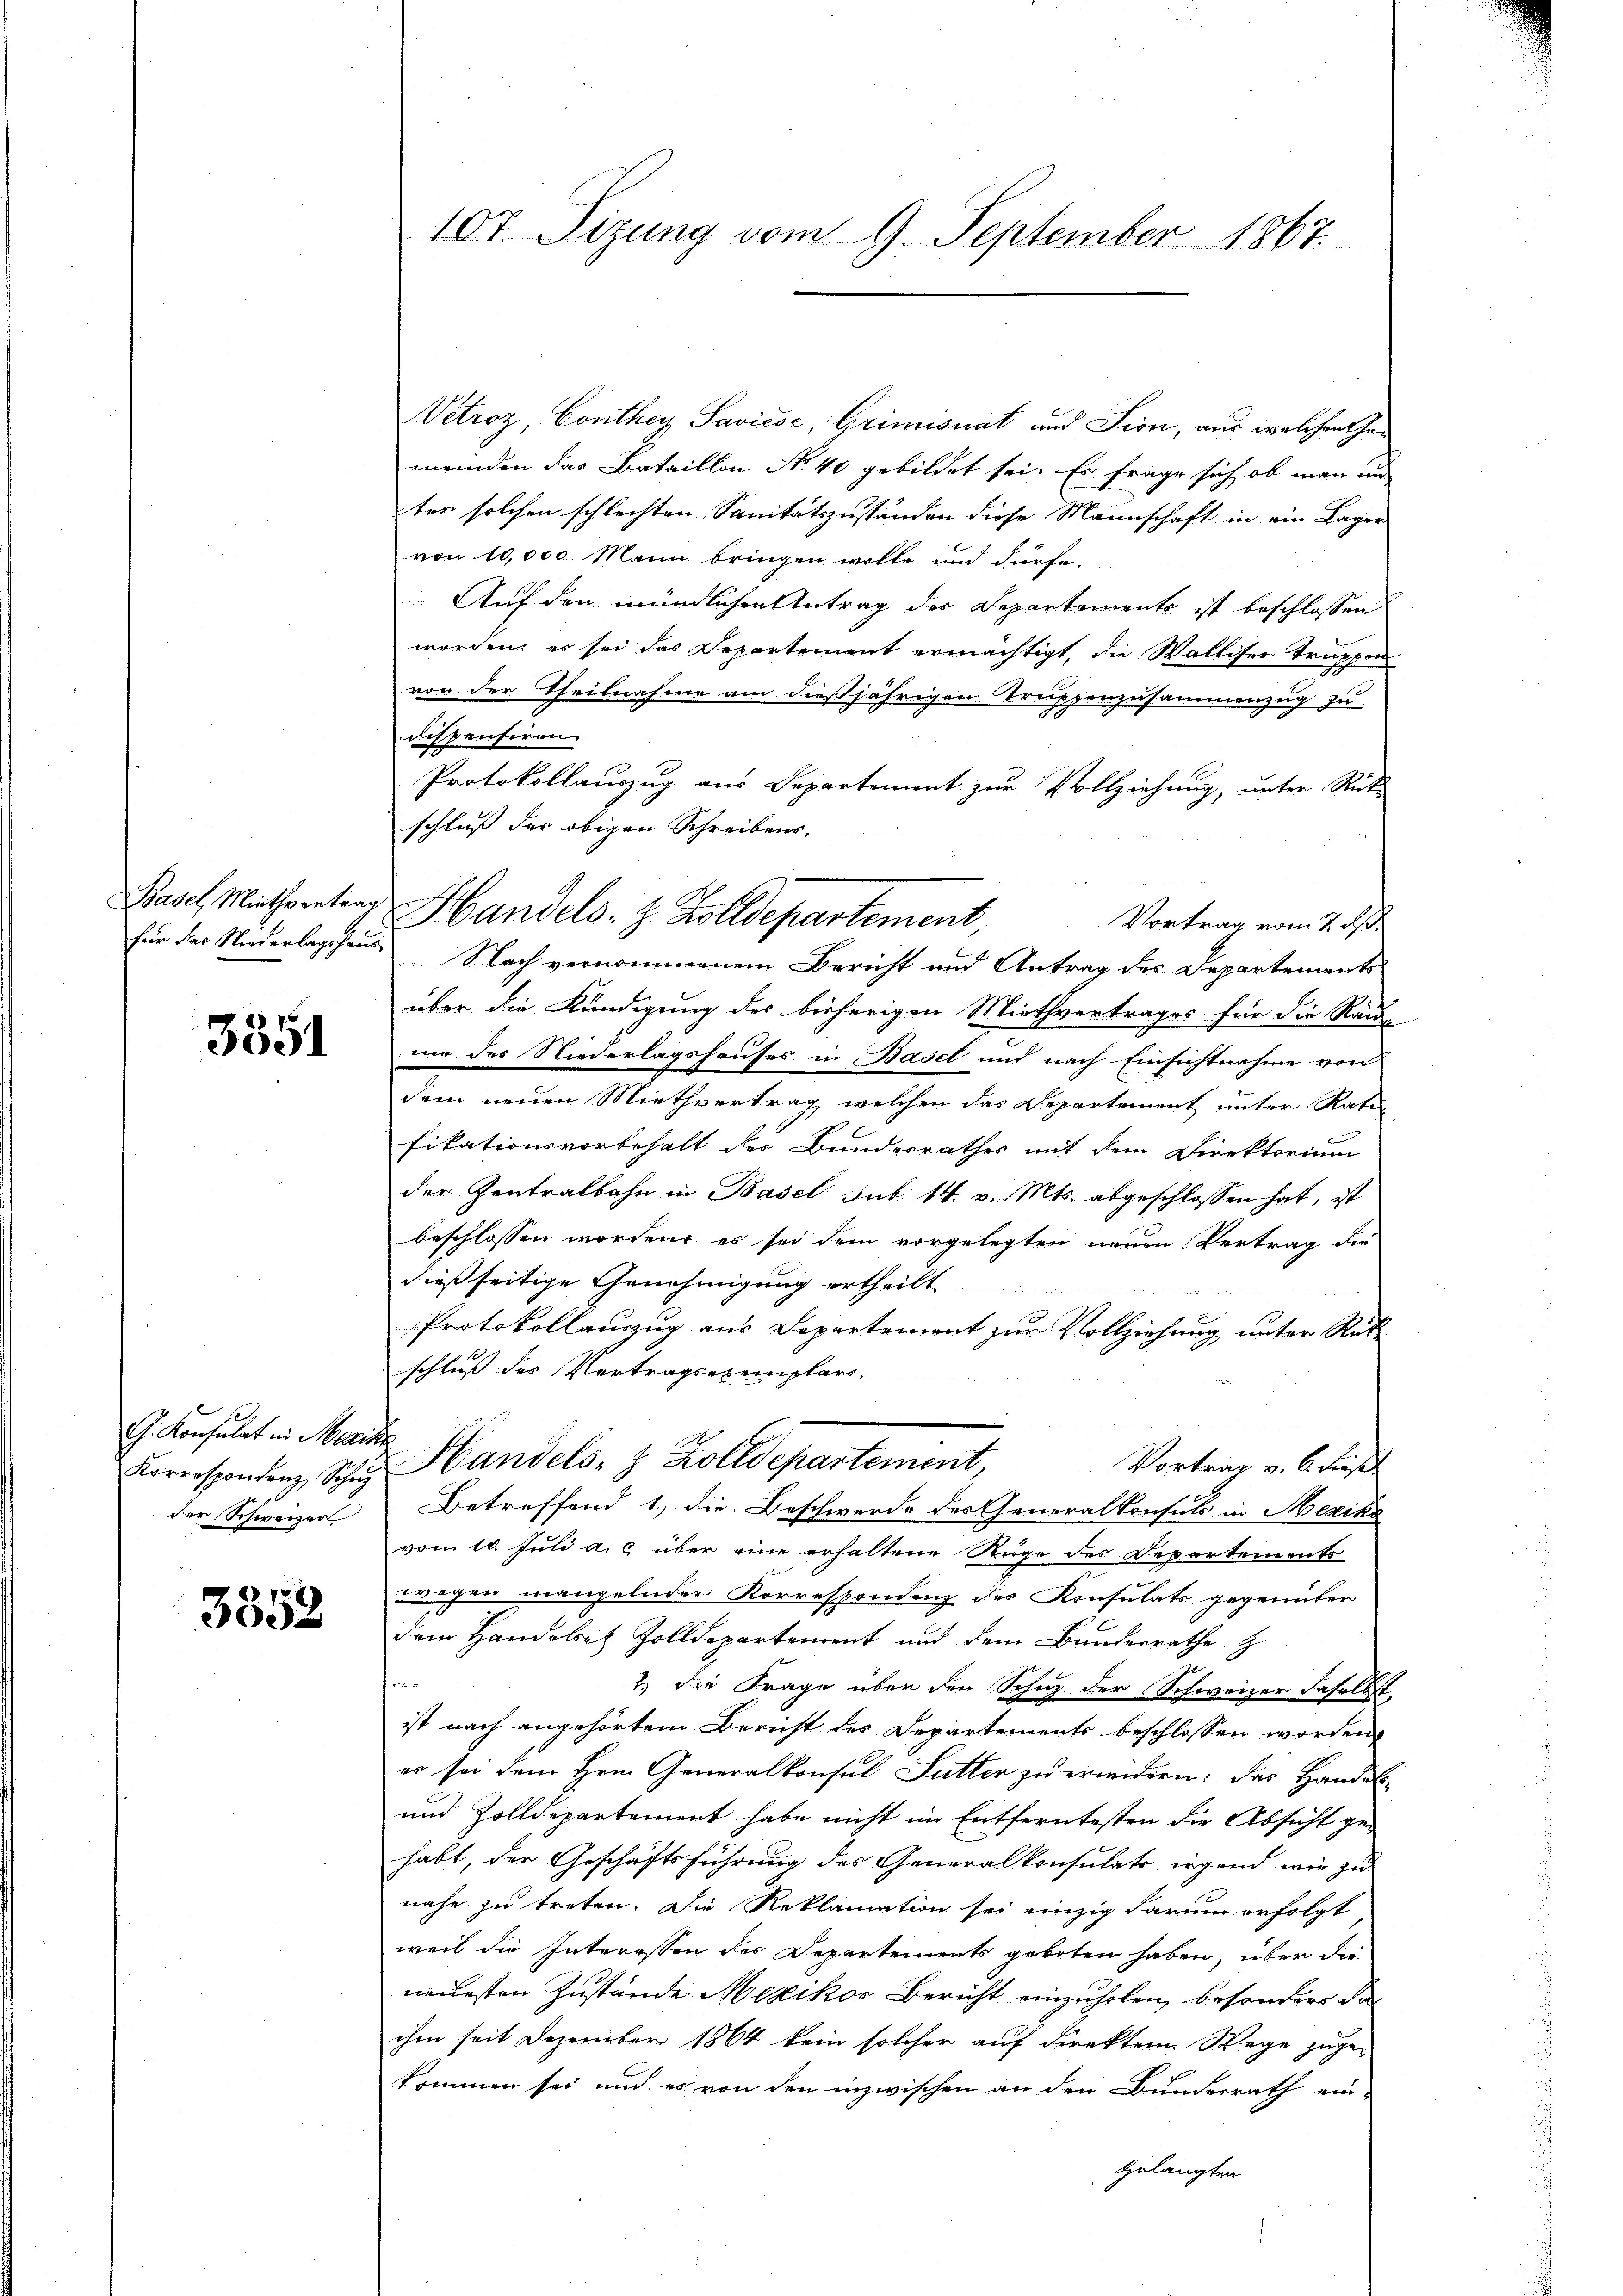
Basel, Miethvertrag
für das Niederlagshaus

3351

G. Konsulat in Maria
Korrespondenz Schŭ
der Schweizer

3352

107. Sizung vom 9. September 1867.

Vetroz Conthey Saviése, Grimisuat und Lion, aus welchen Gemeinden das Bataillon No 40 gebildet sei. Es frage sich ob man in
ter solchen schlechten Sanitätszuständen diese Mannschaft in ein Lager
von 10,000 Mann bringen wolle und dürfe.
Auf den mündlichen Antrag des Departements ist beschlossen
worden; es sei das Departement ermächtigt, die Walliser Truppen
von der Theilnahme am dießjährigen Treppenzusammenzug zu
dispensiren.
Protokollauszug aus Departement zur Vollziehung, unter Rück-
schluß der obigen Schreibens.
Nach vernommenem Bericht und Antrag des Departements
über die Kündigung des bisherigen Miethvertrages für die Rau-
me des Niederlagshauses in Basel und nach Einsichtnahme von
dem neuen Miethvertrag welchen das Departement unter Rati
fikationsvorbehalt der Bunderrathes mit dem Direktorium
der Zentralbahn in Basel sub 14. v. Mts. abgeschlossen hat, ist
beschlossen worden, es sei dem vorgelegten neuen Vertrag die
dießseitige Genehmigung ertheilt
Protokollauszug aus Departement zur Vollziehung unter Rükschluß des Vertragsexemplars.
h
Handels- & Zolldepartement,
Vortrag v. 6. diesel
Betreffend 1., die Beschwerde des Generalkonsuls in Mexika
vom 10. Juli a. c. über eine erhaltene Rüge des Departements
wegen mangelnder Korrespondenz des Konsulats gegenüber
dem Handelsatz Zolldepartement und dem Bunderrathe z
e
2
2.) die Frage über den Schuz der Schweizer daselbst,
ist nach angehörtem Bericht des Departements beschlossen worden,
er sei dem Hrn. Generalkonsul Sutter zu erindern: das Handels-
und Zolldepartement habe nicht im Entferntesten die Absicht gehabt, der Geschäftsführung des Generalkonsulats irgend wie zu
nahe zu treten. Die Reklamation sei einzig darum erfolgt
weil die Interessen des Departements geboten haben, über die
neuesten Zustände Mexikos Bericht einzuholen, besonders daihm seit Dezember 1864 kein solcher auf direktem Wege zuge-
kommen sei und es von den inzwischen an den Bundesrath ein-
gelangten

Handels- & Zolldepartement,
Vortrag vom 2. ds.